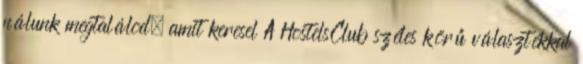
nálunk megtalálod, amit keresel A HostelsClub széles körű választékkal